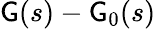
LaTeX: {\sf G}(s)-{\sf G}_{0}(s)